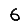
Digit: 6